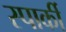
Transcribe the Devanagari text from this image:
स्पार्की